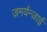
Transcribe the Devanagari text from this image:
ज़मर्यन्ज़ाई